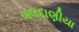
બલદાણીયા